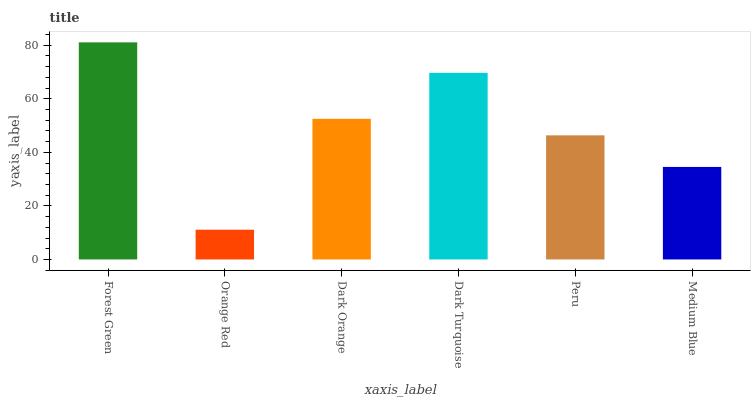
| xaxis_label | bars |
 | --- | --- |
 | Forest Green | 81.1 |
 | Orange Red | 11.1 |
 | Dark Orange | 52.5 |
 | Dark Turquoise | 69.7 |
 | Peru | 46.4 |
 | Medium Blue | 34.6 |